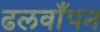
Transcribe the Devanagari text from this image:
ढलवाँपन